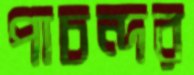
পাচন্দর